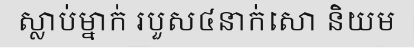
ស្លាប់ម្នាក់ របួស៤នាក់សោ និយម